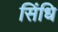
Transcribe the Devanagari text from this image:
सिंधि